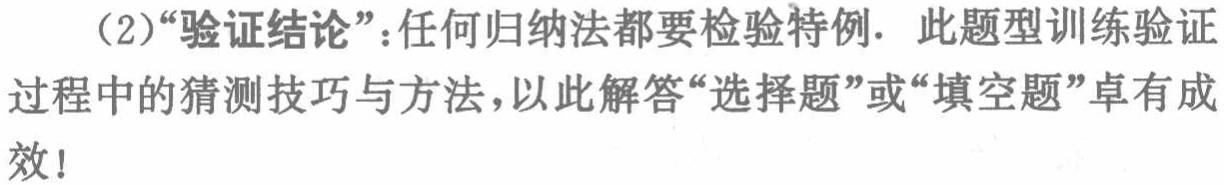
（2）“验证结论”：任何归纳法都要检验特例. 此题型训练验证过程中的猜测技巧与方法，以此解答“选择题”或“填空题”卓有成效！